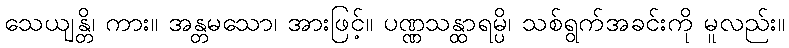
သေယျန္တိ၊ ကား။ အန္တမသော၊ အားဖြင့်။ ပဏ္ဏသန္ထာရမ္ပိ၊ သစ်ရွက်အခင်းကို မူလည်း။